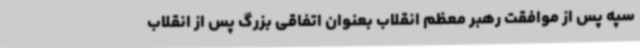
سپه پس از موافقت رهبر معظم انقلاب بعنوان اتفاقی بزرگ پس از انقلاب